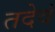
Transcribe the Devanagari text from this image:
तदेवं